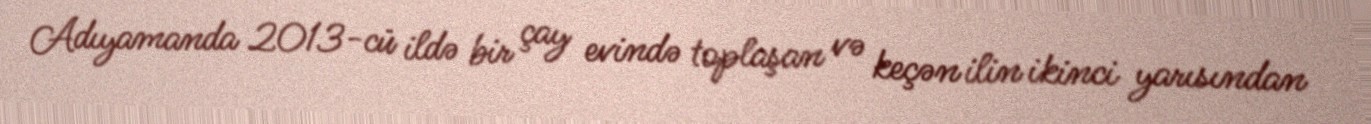
Adıyamanda 2013-cü ildə bir çay evində toplaşan və keçən ilin ikinci yarısından